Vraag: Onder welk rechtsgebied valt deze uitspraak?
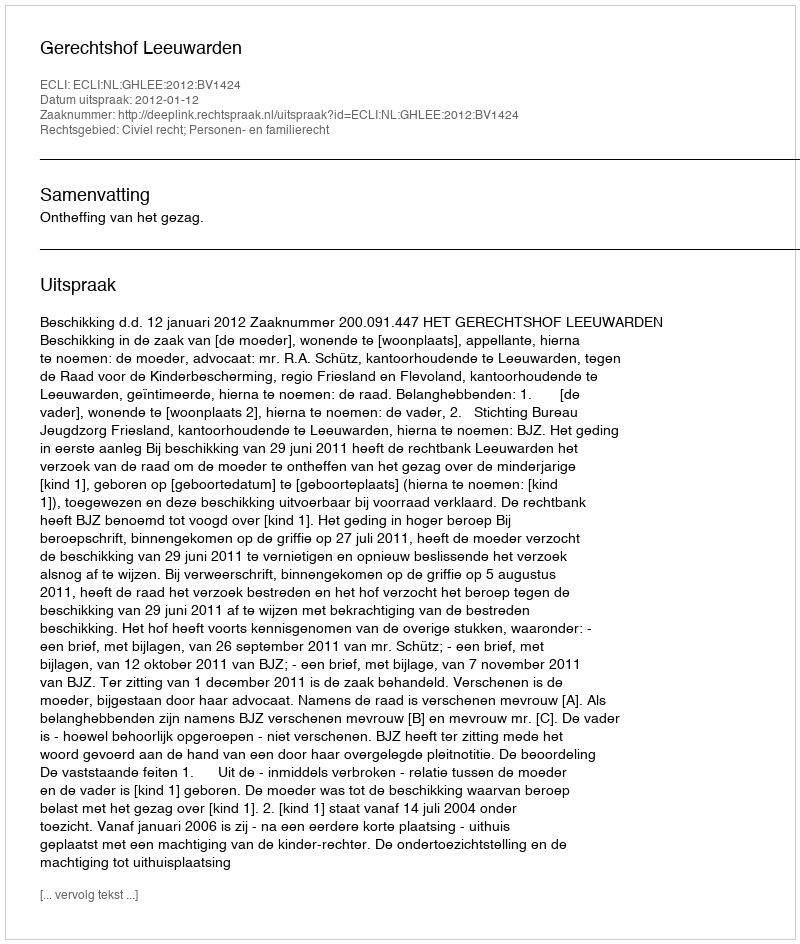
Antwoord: Civiel recht; Personen- en familierecht